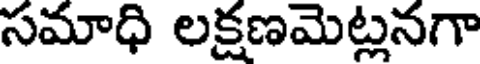
సమాధి లక్షణమెట్లనగా